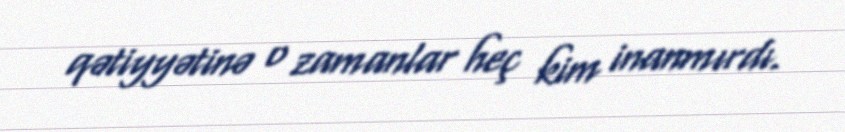
qətiyyətinə o zamanlar heç kim inanmırdı.